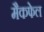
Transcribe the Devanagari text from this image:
मैकफेल